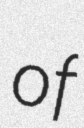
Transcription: of